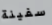
سفينة